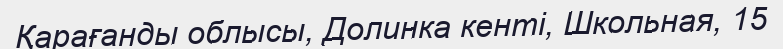
Қарағанды облысы, Долинка кенті, Школьная, 15